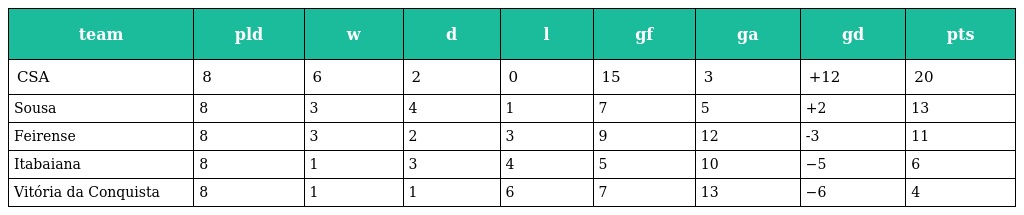
| team | pld | w | d | l | gf | ga | gd | pts |
 | --- | --- | --- | --- | --- | --- | --- | --- | --- |
 | CSA | 8 | 6 | 2 | 0 | 15 | 3 | +12 | 20 |
 | Sousa | 8 | 3 | 4 | 1 | 7 | 5 | +2 | 13 |
 | Feirense | 8 | 3 | 2 | 3 | 9 | 12 | -3 | 11 |
 | Itabaiana | 8 | 1 | 3 | 4 | 5 | 10 | −5 | 6 |
 | Vitória da Conquista | 8 | 1 | 1 | 6 | 7 | 13 | −6 | 4 |